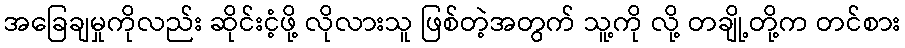
အခြေချမှုကိုလည်း ဆိုင်းငံ့ဖို့ လိုလားသူ ဖြစ်တဲ့အတွက် သူ့ကို လို့ တချို့တို့က တင်စား